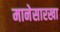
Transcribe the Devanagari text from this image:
मानेसारखा